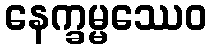
နေက္ခမ္မဿေဝ